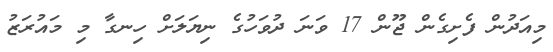
މިއަދުން ފެށިގެން ޖޫން 17 ވަނަ ދުވަހުގެ ނިޔަލަށް ހިނގާ މި މައުރަޒު